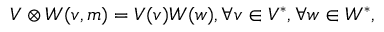
V \otimes W ( v , m ) = V ( v ) W ( w ) , \forall v \in V ^ { * } , \forall w \in W ^ { * } ,